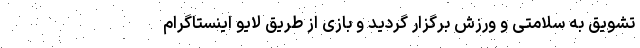
تشویق به سلامتی و ورزش برگزار گردید و بازی از طریق لایو اینستاگرام